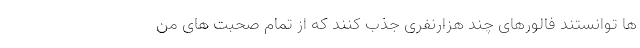
ها توانستند فالورهای چند هزارنفری جذب کنند که از تمام صحبت های من